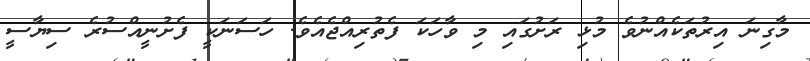
މާގިނަ އިރުތަކެއްނުވެ މުޅި ރަށުގައި މި ވާހަކަ ފެތުރިއްޖެއެވެ. ހަސަނަކީ ފެށުނީއްސުރެ ސިޔާސީ